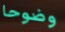
وضوحا